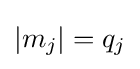
|m_{j}|=q_{j}